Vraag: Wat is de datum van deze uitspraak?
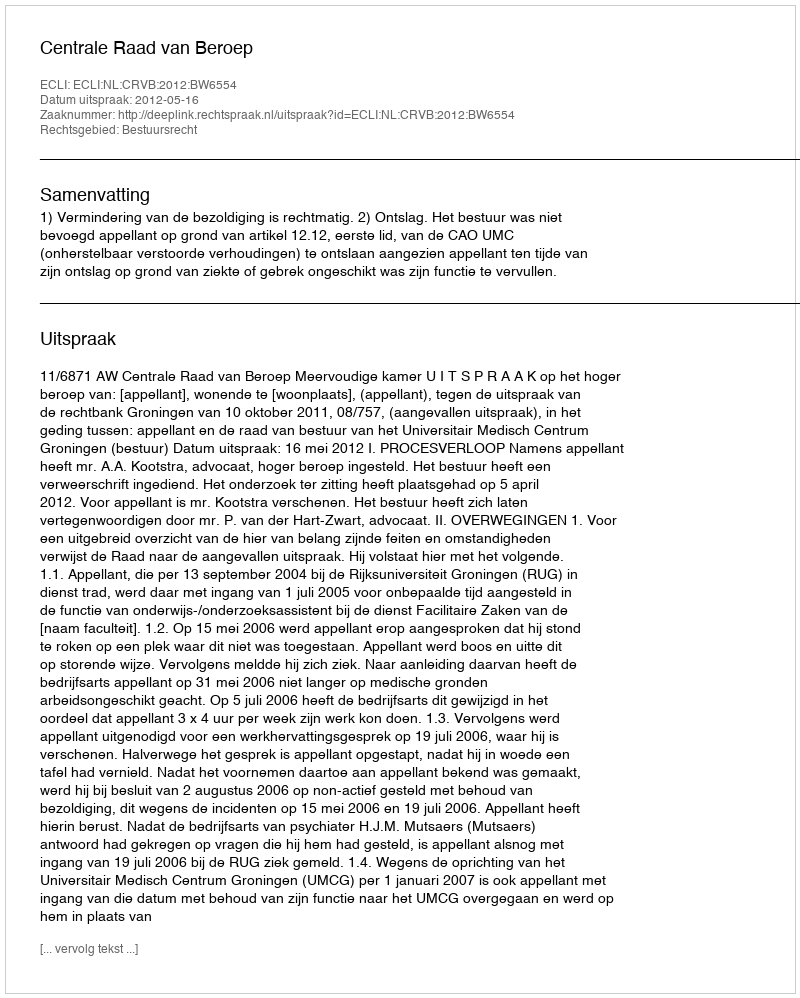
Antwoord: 2012-05-16